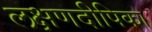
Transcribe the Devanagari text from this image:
लक्षणदीपिका